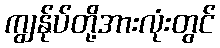
ကျွန်ုပ်တို့အားလုံးတွင်